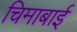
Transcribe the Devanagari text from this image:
चिमाबाई